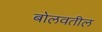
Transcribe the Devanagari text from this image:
बोलवतील